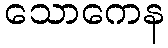
သောကေန